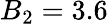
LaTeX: B_{2}=3.6